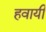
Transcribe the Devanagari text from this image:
हवायी